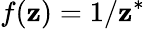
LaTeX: f(\mathbf{z})=1/\mathbf{z}^{*}